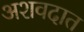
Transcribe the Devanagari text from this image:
अशवदात